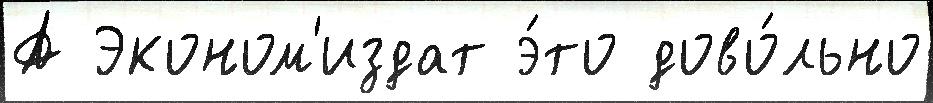
А Эконом'издат э́то дово́льно